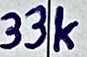
Text: 33k